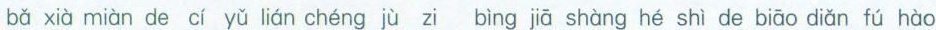
bǎ xià miàn de cí yǔ lián chéng jù zi bìng jiā shàng hé shì de biāo diǎn fú hào